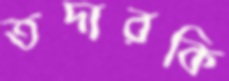
তদারকি